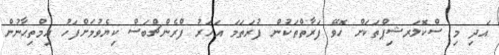
އަދި މި ސްކޮލަރޝިޕްތަކަށް ހޮވޭ ފަރާތްތަކުން ފުރަތަމަ އަހަރު ފްރެންޗްބަސް ކިޔެވުމަށްފަހު އިމްތިޙާނުން